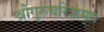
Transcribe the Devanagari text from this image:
श्रीगुरुचरित्रामृत